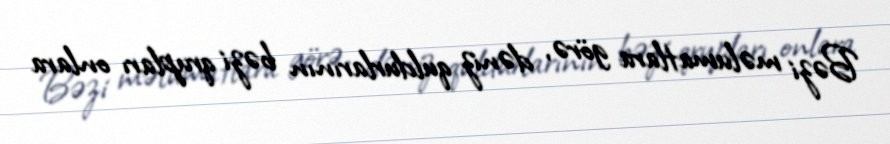
Bəzi məlumatlara görə, dəniz quldurlarının bəzi qrupları onlara